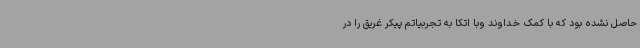
حاصل نشده بود که با کمک خداوند وبا اتکا به تجربیاتم پیکر غریق را در